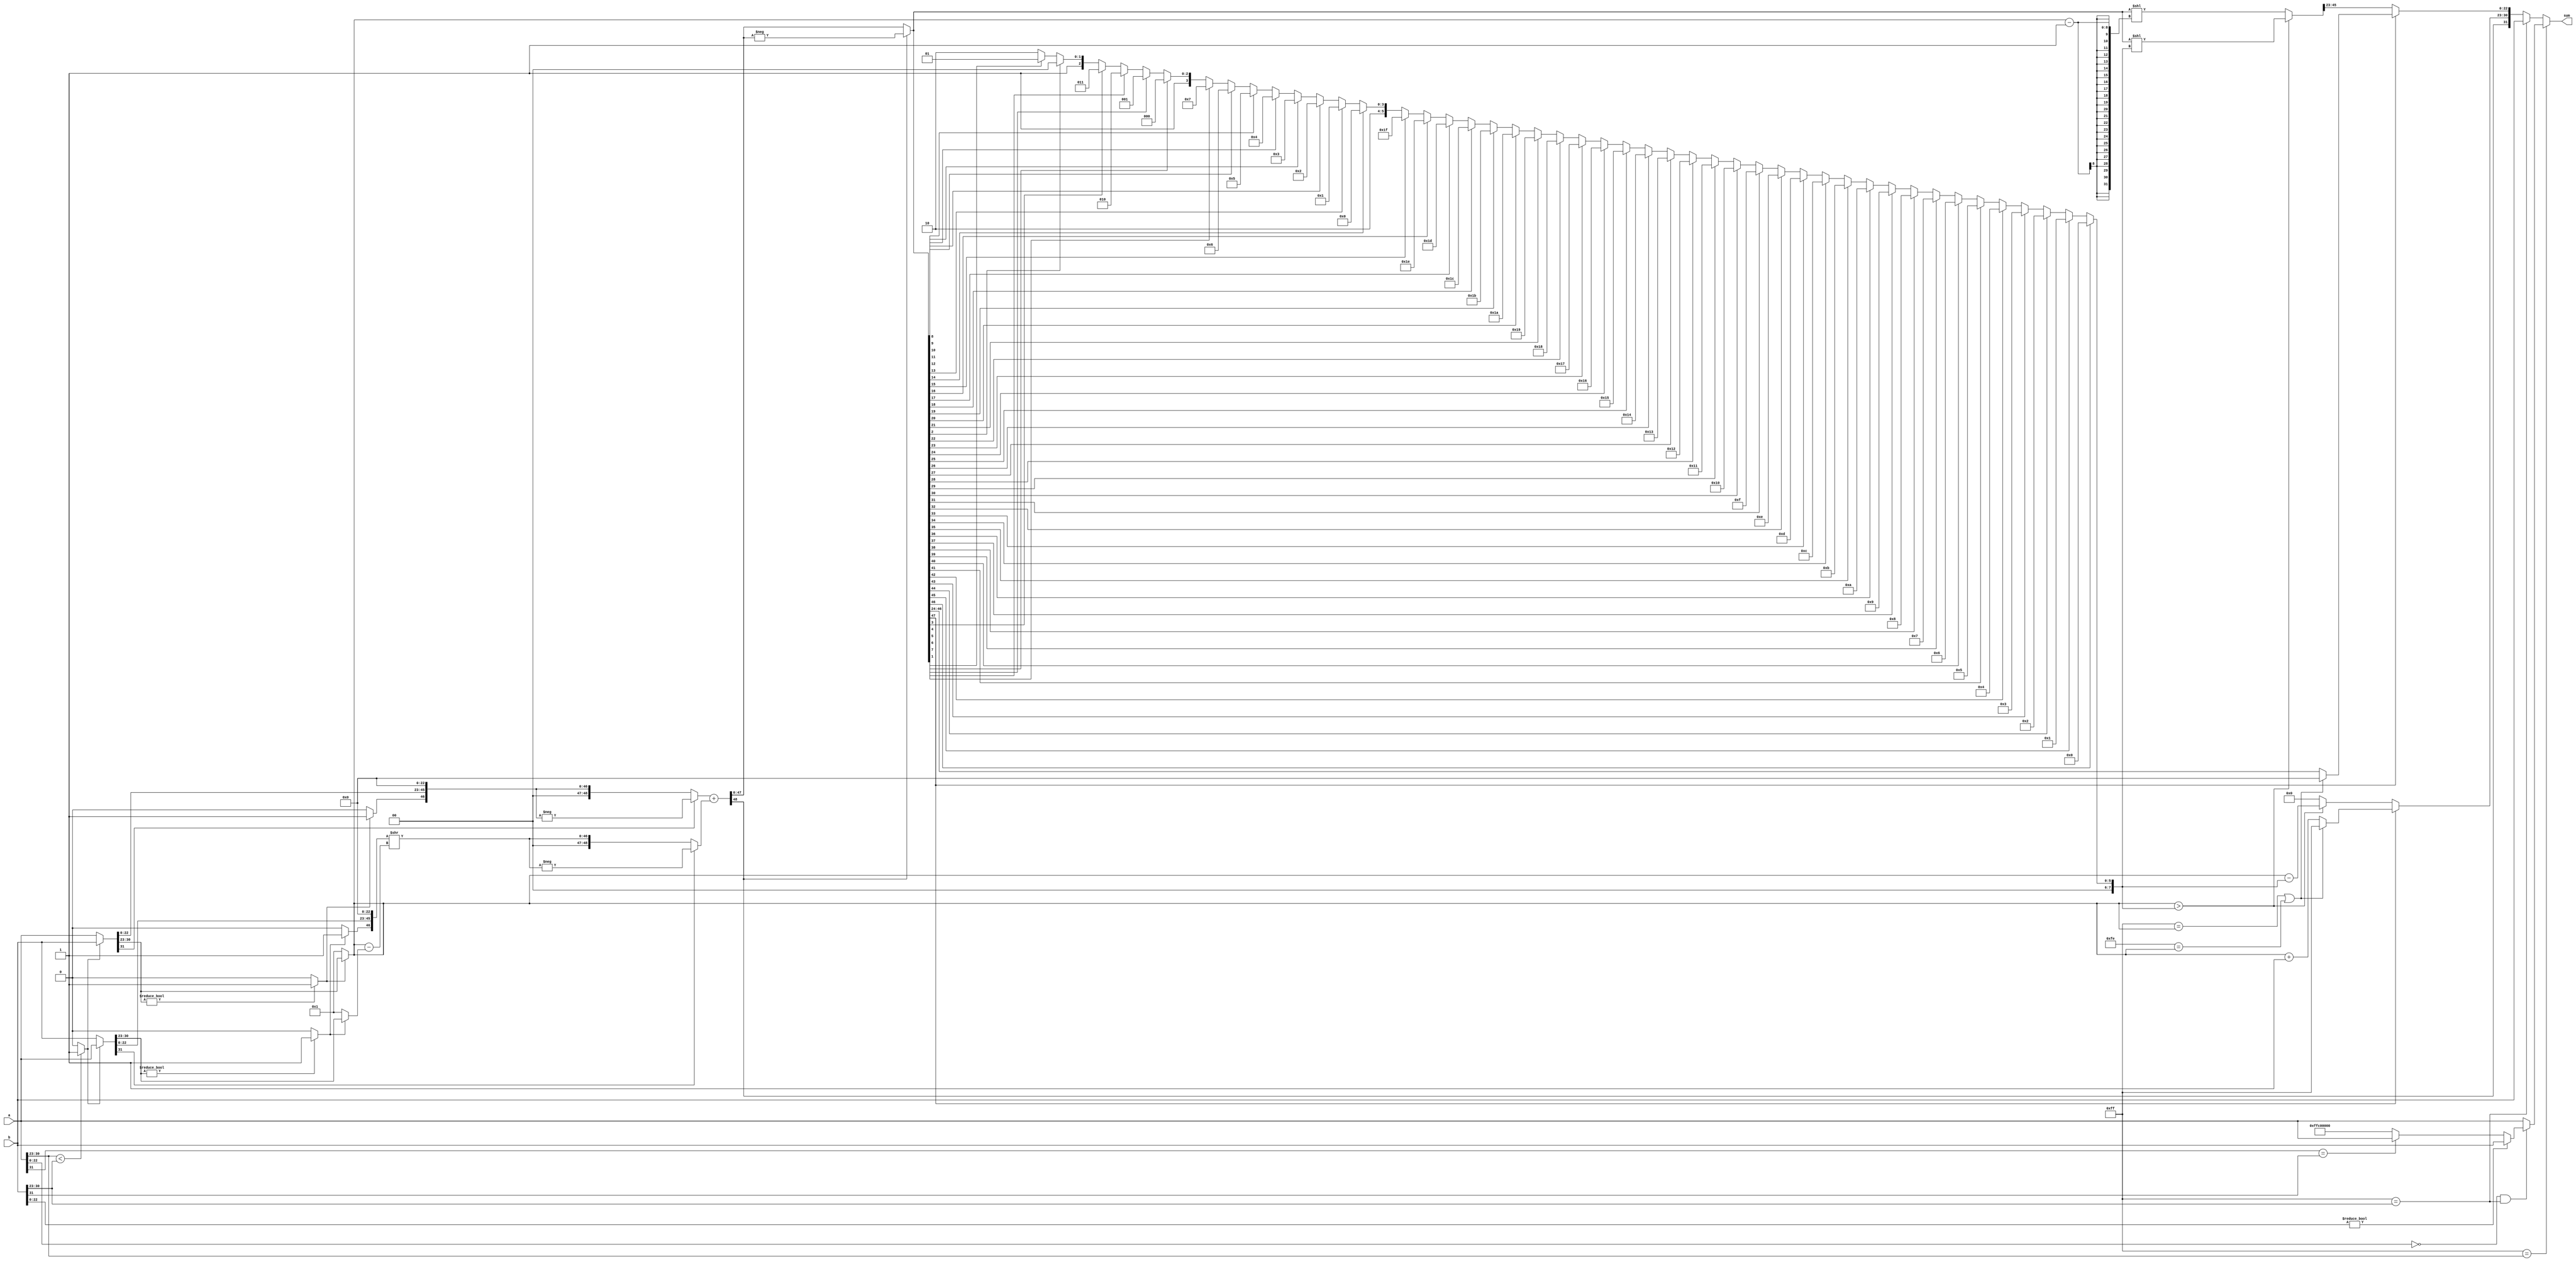
/*****************************************************************************************************
* Description:                 Floating point Adder
*
*
*
* Rev History:
*       <Author>        <Date>        <Hardware>     <Version>        <Description>
*     Dengxue Yan   2016-09-04 17:00       --           1.00             Create
*****************************************************************************************************/
`timescale 100ps / 1ps

module FPAdder(sum, a, b);
    output [31:0] sum;
    reg    [31:0] sum;

    input  [31:0] a;
    input  [31:0] b;

    reg [7:0]   sum_exponent = 8'hFF;
    reg [22:0]  sum_precision = 23'h7FFFFF;
    reg [45:0]  sum_precision_temp;

    reg [7:0]   sum_left_shift = 8'h00;

    // When calculate we expect that a's exponent not smaller than b's.
    wire compare_ab = (a[30:23] < b[30:23] ) ? 1'b1: 1'b0;
    wire [31:0]  a_calc = compare_ab ? b : a;
    wire [31:0]  b_calc = compare_ab ? a : b;;

    // Extract sign, exponent, and precision of a_calc
    wire a_sign = a_calc[31];
    wire a_exponent_non_zero = a_calc[30:23] ? 1'b1 : 1'b0; 
    wire [7:0]  a_exponent  = a_exponent_non_zero ? a_calc[30:23] : 8'h01;
    wire [46:0] a_precision = {a_exponent_non_zero ? 1'b1 : 1'b0, a_calc[22:0], 23'h000000};

    // Extract sign, exponent, and precision of b_calc
    wire b_sign = b_calc[31];
    wire b_exponent_non_zero = b_calc[30:23] ? 1'b1 : 1'b0; 
    wire [7:0]  b_exponent  = b_exponent_non_zero ? b_calc[30:23] : 8'h01;
    wire [46:0] b_precision = {b_exponent_non_zero ? 1'b1 : 1'b0, b_calc[22:0], 23'h000000};

    // Adjust b_calc's precision to make its exponent be same as a_calc's
    wire [7:0]  exponent_diff_ab = a_exponent - b_exponent;
    wire [46:0] b_precision_offset = b_precision >> exponent_diff_ab;

    // Add the sign to the precision, also consider there might be one bit overflow when add
    wire [48:0] a_precision_sign = a_sign ? -a_precision: a_precision;
    wire [48:0] b_precision_sign = b_sign ? -b_precision_offset: b_precision_offset;

    // Now two operands have the same exponent and both are signed value, so we can add them directly.
    wire [48:0] sum_precision_sign = a_precision_sign + b_precision_sign;

    // Extract sign, the original precision of sum.
    wire sum_sign = sum_precision_sign[48];
    wire [47:0] sum_precision_calc = sum_sign ? -sum_precision_sign : sum_precision_sign;

    always @( sum_precision_calc )
    begin
        // Overflow of sum
        if (sum_precision_calc[47])
        begin
            // Infinite or overflow of a_exponent.
            // Not a number is handled in output part and we don't care about it here
            if ((8'hFF == a_exponent) || (8'hFE == a_exponent))
            begin
                sum_exponent  = 8'hFF;
                sum_precision = 23'h000000;
            end
            else
            begin
                sum_exponent  = a_exponent + 1;
                sum_precision = sum_precision_calc[46: 24];// Round is not considered
                // If consider round, the following expression could be used.
                // Since we know sum_precision_calc[46: 24] could not be 23'hFFFFFF, we could round the result directly here
//                sum_precision = sum_precision_calc[23] ? sum_precision_calc[46: 24] + 1: sum_precision_calc[46: 24];
            end
        end
        else
        begin
            // Exponent and mantissa adjust
            if (sum_precision_calc[46])
            begin
                sum_left_shift  = 0;
            end
            else if (sum_precision_calc[45])
            begin
                sum_left_shift  = 1;
            end
            else if (sum_precision_calc[44])
            begin
                sum_left_shift  = 2;
            end
            else if (sum_precision_calc[43])
            begin
                sum_left_shift  = 3;
            end
            else if (sum_precision_calc[42])
            begin
                sum_left_shift  = 4;
            end
            else if (sum_precision_calc[41])
            begin
                sum_left_shift  = 5;
            end
            else if (sum_precision_calc[40])
            begin
                sum_left_shift  = 6;
            end
            else if (sum_precision_calc[39])
            begin
                sum_left_shift  = 7;
            end
            else if (sum_precision_calc[38])
            begin
                sum_left_shift  = 8;
            end
            else if (sum_precision_calc[37])
            begin
                sum_left_shift  = 9;
            end
            else if (sum_precision_calc[36])
            begin
                sum_left_shift  = 10;
            end
            else if (sum_precision_calc[35])
            begin
                sum_left_shift  = 11;
            end
            else if (sum_precision_calc[34])
            begin
                sum_left_shift  = 12;
            end
            else if (sum_precision_calc[33])
            begin
                sum_left_shift  = 13;
            end
            else if (sum_precision_calc[32])
            begin
                sum_left_shift  = 14;
            end
            else if (sum_precision_calc[31])
            begin
                sum_left_shift  = 15;
            end
            else if (sum_precision_calc[30])
            begin
                sum_left_shift  = 16;
            end
            else if (sum_precision_calc[29])
            begin
                sum_left_shift  = 17;
            end
            else if (sum_precision_calc[28])
            begin
                sum_left_shift  = 18;
            end
            else if (sum_precision_calc[27])
            begin
                sum_left_shift  = 19;
            end
            else if (sum_precision_calc[26])
            begin
                sum_left_shift  = 20;
            end
            else if (sum_precision_calc[25])
            begin
                sum_left_shift  = 21;
            end
            else if (sum_precision_calc[24])
            begin
                sum_left_shift  = 22;
            end
            else if (sum_precision_calc[23])
            begin
                sum_left_shift  = 23;
            end
            else if (sum_precision_calc[22])
            begin
                sum_left_shift  = 24;
            end
            else if (sum_precision_calc[21])
            begin
                sum_left_shift  = 25;
            end
            else if (sum_precision_calc[20])
            begin
                sum_left_shift  = 26;
            end
            else if (sum_precision_calc[19])
            begin
                sum_left_shift  = 27;
            end
            else if (sum_precision_calc[18])
            begin
                sum_left_shift  = 28;
            end
            else if (sum_precision_calc[17])
            begin
                sum_left_shift  = 29;
            end
            else if (sum_precision_calc[16])
            begin
                sum_left_shift  = 30;
            end
            else if (sum_precision_calc[15])
            begin
                sum_left_shift  = 31;
            end
            else if (sum_precision_calc[14])
            begin
                sum_left_shift  = 32;
            end
            else if (sum_precision_calc[13])
            begin
                sum_left_shift  = 33;
            end
            else if (sum_precision_calc[12])
            begin
                sum_left_shift  = 34;
            end
            else if (sum_precision_calc[11])
            begin
                sum_left_shift  = 35;
            end
            else if (sum_precision_calc[10])
            begin
                sum_left_shift  = 36;
            end
            else if (sum_precision_calc[9])
            begin
                sum_left_shift  = 37;
            end
            else if (sum_precision_calc[8])
            begin
                sum_left_shift  = 38;
            end
            else if (sum_precision_calc[7])
            begin
                sum_left_shift  = 39;
            end
            else if (sum_precision_calc[6])
            begin
                sum_left_shift  = 40;
            end
            else if (sum_precision_calc[5])
            begin
                sum_left_shift  = 41;
            end
            else if (sum_precision_calc[4])
            begin
                sum_left_shift  = 42;
            end
            else if (sum_precision_calc[3])
            begin
                sum_left_shift  = 43;
            end
            else if (sum_precision_calc[2])
            begin
                sum_left_shift  = 44;
            end
            else if (sum_precision_calc[1])
            begin
                sum_left_shift  = 45;
            end
            else
            begin
                sum_left_shift  = 46;
            end

            // If a_exponent > sum_left_shift, the leading digit is 1, and omit it;
            // Otherwise the leading digit will be 0, and we cannot omit any bit.
            // Here, a_exponent >= 1, so when 1'b1 == sum_precision_calc[46], sum_exponent would never be 0;
            // In addition, the round situation is a little complicated here,
            // because sum_precision_temp[45:23] might be 23'hFFFFFF. So we don't consider round here
            if (a_exponent > sum_left_shift)
            begin
                sum_exponent = a_exponent - sum_left_shift;
                sum_precision_temp = (sum_precision_calc << sum_left_shift);
            end
            else
            begin
                sum_exponent  = 0;
                sum_precision_temp = (sum_precision_calc << (a_exponent - 1));
            end
            sum_precision = sum_precision_temp[45:23];
        end
    end

    always @ (a, b, sum_sign, sum_exponent, sum_precision)
    begin
        // 1. If a is not-a-number,  then sum = a;
        // 2. If a is infinite, and b is a valid number,  then sum = a;
        // 3. If a is infinite, but b is not-a-number, then sum = b;
        // 5. If a and b are both infinite and both have same sign,  then sum = a;
        // 6. If a and b are both infinite, but have different sign, then sum = not-a-number;
        if (8'hFF == a[30:23])
        begin
            if ((23'h000000 == a[22:0]) && (8'hFF == b[30:23]))
            begin
                if (23'h000000 != b[22:0])// b is not a number;
                begin
                    sum = b;
                end
                else
                begin
                    if (a[31] == b[31])
                    begin
                        sum = a;
                    end
                    else// a and b are +inf and -inf
                    begin
                        sum = 32'hFFC00000;
                    end
                end
            end
            else
            begin
                sum = a;
            end
        end
        // 1. If a is a valid num and b is infinite, then sum = b;
        // 2. If a is a valid num and b is not-a-number, then sum = b;
        else if (8'hFF == b[30:23])
        begin
            sum = b;
        end
        else
        begin
            sum = {sum_sign, sum_exponent, sum_precision};
        end
    end

endmodule